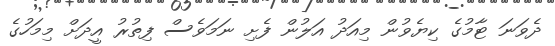
ދެވަނަ ޓާމުގެ ކިޔެވުން މިއަދު އަލުން ފެށި ނަމަވެސް ފިތުރު އީދަށް މިމަހުގެ